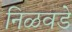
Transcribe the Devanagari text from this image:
निळवडे